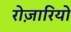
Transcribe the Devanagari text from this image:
रोज़ारियो